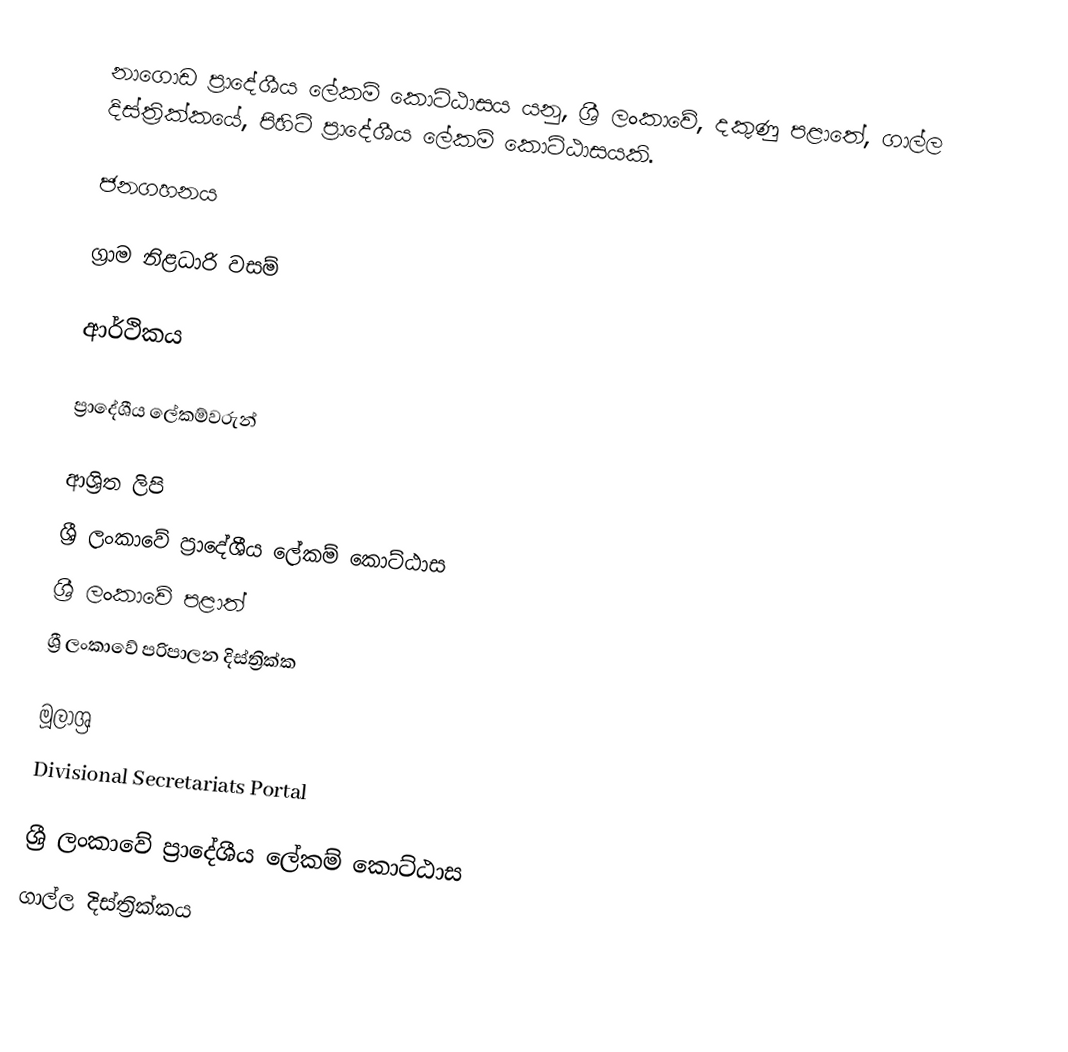
නාගොඩ ප්‍රාදේශීය ලේකම් කොට්ඨාසය යනු,  ශ්‍රී ලංකාවේ, දකුණු පළාතේ,   ගාල්ල දිස්ත්‍රික්කයේ, පිහිටි ප්‍රාදේශීය ලේකම් කොට්ඨාසයකි.

ජනගහනය

ග්‍රාම නිළධාරි වසම්

ආර්ථිකය

ප්‍රාදේශීය ලේකම්වරුන්

ආශ්‍රිත ලිපි
ශ්‍රී ලංකාවේ ප්‍රාදේශීය ලේකම් කොට්ඨාස
ශ්‍රී ලංකාවේ පළාත්
ශ්‍රී ලංකාවේ පරිපාලන දිස්ත්‍රික්ක

මූලාශ්‍ර
 Divisional Secretariats Portal

ශ්‍රී ලංකාවේ ප්‍රාදේශීය ලේකම් කොට්ඨාස
ගාල්ල දිස්ත්‍රික්කය